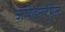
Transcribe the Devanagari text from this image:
अप्पोइन्य्ट्मेन्ट